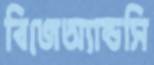
বিজেঅ্যান্ডসি